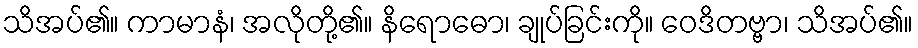
သိအပ်၏။ ကာမာနံ၊ အလိုတို့၏။ နိရောဓော၊ ချုပ်ခြင်းကို။ ဝေဒိတဗ္ဗာ၊ သိအပ်၏။